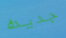
جديده